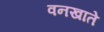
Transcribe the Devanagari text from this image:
वनखाते